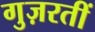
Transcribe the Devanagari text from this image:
गुज़रतीं